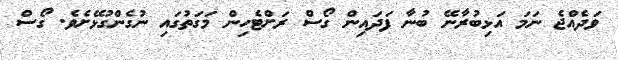
ވަދެއްޖެ ނަމަ އަޅިބުރާނޭ ބުނާ ފަދައިން ގޯސް ރަށްޓެހިން މަގަތުގައި ނުގެންގުޅޭށެވެ. ގޯސް